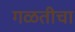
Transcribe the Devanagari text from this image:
गळतीचा